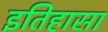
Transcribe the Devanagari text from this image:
इतिहासा